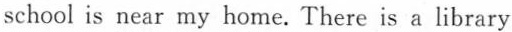
school is near my home.There is a library